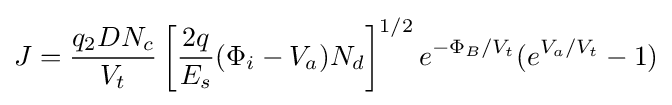
J={\frac {q_{2}DN_{c}}{V_{t}}}\left[{\frac {2q}{E_{s}}}(\Phi _{i}-V_{a})N_{d}\right]^{1/2}e^{-\Phi _{B}/V_{t}}(e^{V_{a}/V_{t}}-1)